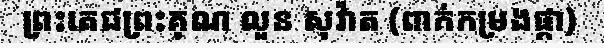
ព្រះតេជព្រះគុណ លួន សុវ៉ាត (ពាក់កម្រងផ្កា)